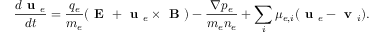
\frac { d \textbf { u } _ { e } } { d t } = \frac { q _ { e } } { m _ { e } } ( \textbf { E } + \textbf { u } _ { e } \times \textbf { B } ) - \frac { \nabla p _ { e } } { m _ { e } n _ { e } } + \sum _ { i } \mu _ { e , i } ( \textbf { u } _ { e } - \textbf { v } _ { i } ) .